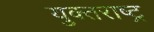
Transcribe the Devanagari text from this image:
युक्तराष्ट्र